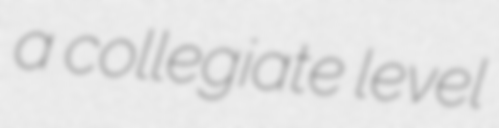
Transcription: a collegiate level